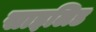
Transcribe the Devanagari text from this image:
साइलिड